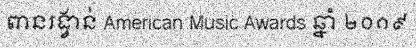
ពានរង្វាន់ American Music Awards ឆ្នាំ ២០១៩